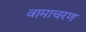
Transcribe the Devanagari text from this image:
वामाचरण